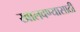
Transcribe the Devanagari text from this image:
खालवण्यासाठी